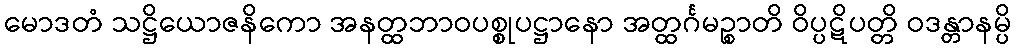
မောဒတံ သဋ္ဌိယောဇနိကော အနတ္ထဘာဝပစ္စုပဋ္ဌာနော အတ္ထင်္ဂမဉ္စာတိ ဝိပ္ပဋိပတ္တိ ဝဒန္တာနမ္ပိ